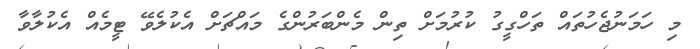
މި ހަމަނުޖެހުތައް ތަހްގީގު ކުރުމަށް ތިން މެންބަރުންގެ މައްޗަށް އެކުލެވޭ ޓީމެއް އެކުލާވާ